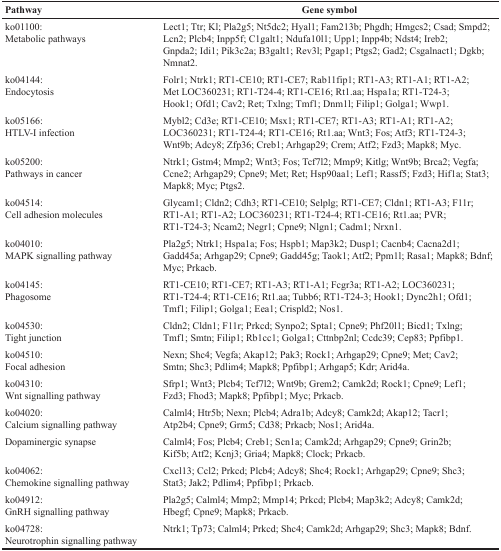
<table><thead><tr><td><b>Pathway</b></td><td><b>Gene symbol</b></td></tr></thead><tbody><tr><td>ko01100: Metabolic pathways</td><td>Lect1; Ttr; Kl; Pla2g5; Nt5dc2; Hyal1; Fam213b; Phgdh; Hmgcs2; Csad; Smpd2; Lcn2; Plcb4; Inpp5f; C1galt1; Ndufa10l1; Upp1; Inpp4b; Ndst4; Ireb2;Gnpda2; Idi1; Pik3c2a; B3galt1; Rev3l; Pgap1; Ptgs2; Gad2; Csgalnact1; Dgkb; Nmnat2.</td></tr><tr><td>ko04144: Endocytosis</td><td>Folr1; Ntrk1; RT1-CE10; RT1-CE7; Rab11fip1; RT1-A3; RT1-A1; RT1-A2; Met LOC360231; RT1-T24-4; RT1-CE16; Rt1.aa; Hspa1a; RT1-T24-3; Hook1; Ofd1; Cav2; Ret; Txlng; Tmf1; Dnm1l; Filip1; Golga1; Wwp1.</td></tr><tr><td>ko05166: HTLV-I infection</td><td>Mybl2; Cd3e; RT1-CE10; Msx1; RT1-CE7; RT1-A3; RT1-A1; RT1-A2; LOC360231; RT1-T24-4; RT1-CE16; Rt1.aa; Wnt3; Fos; Atf3; RT1-T24-3;Wnt9b; Adcy8; Zfp36; Creb1; Arhgap29; Crem; Atf2; Fzd3; Mapk8; Myc.</td></tr><tr><td>ko05200: Pathways in cancer</td><td>Ntrk1; Gstm4; Mmp2; Wnt3; Fos; Tcf7l2; Mmp9; Kitlg; Wnt9b; Brca2; Vegfa; Ccne2; Arhgap29; Cpne9; Met; Ret; Hsp90aa1; Lef1; Rassf5; Fzd3; Hif1a; Stat3; Mapk8; Myc; Ptgs2.</td></tr><tr><td>ko04514: Cell adhesion molecules</td><td>Glycam1; Cldn2; Cdh3; RT1-CE10; Selplg; RT1-CE7; Cldn1; RT1-A3; F11r; RT1-A1; RT1-A2; LOC360231; RT1-T24-4; RT1-CE16; Rt1.aa; PVR; RT1-T24-3; Ncam2; Negr1; Cpne9; Nlgn1; Cadm1; Nrxn1.</td></tr><tr><td>ko04010: MAPK signalling pathway</td><td>Pla2g5; Ntrk1; Hspa1a; Fos; Hspb1; Map3k2; Dusp1; Cacnb4; Cacna2d1; Gadd45a; Arhgap29; Cpne9; Gadd45g; Taok1; Atf2; Ppm1l; Rasa1; Mapk8; Bdnf; Myc; Prkacb.</td></tr><tr><td>ko04145: Phagosome</td><td>RT1-CE10; RT1-CE7; RT1-A3; RT1-A1; Fcgr3a; RT1-A2; LOC360231; RT1-T24-4; RT1-CE16; Rt1.aa; Tubb6; RT1-T24-3; Hook1; Dync2h1; Ofd1; Tmf1; Filip1; Golga1; Eea1; Crispld2; Nos1.</td></tr><tr><td>ko04530: Tight junction</td><td>Cldn2; Cldn1; F11r; Prkcd; Synpo2; Spta1; Cpne9; Phf20l1; Bicd1; Txlng; Tmf1; Smtn; Filip1; Rb1cc1; Golga1; Cttnbp2nl; Ccdc39; Cep83; Ppfibp1.</td></tr><tr><td>ko04510: Focal adhesion</td><td>Nexn; Shc4; Vegfa; Akap12; Pak3; Rock1; Arhgap29; Cpne9; Met; Cav2; Smtn; Shc3; Pdlim4; Mapk8; Ppfibp1; Arhgap5; Kdr; Arid4a.</td></tr><tr><td>ko04310: Wnt signalling pathway</td><td>Sfrp1; Wnt3; Plcb4; Tcf7l2; Wnt9b; Grem2; Camk2d; Rock1; Cpne9; Lef1; Fzd3; Fhod3; Mapk8; Ppfibp1; Myc; Prkacb.</td></tr><tr><td>ko04020: Calcium signalling pathway</td><td>Calml4; Htr5b; Nexn; Plcb4; Adra1b; Adcy8; Camk2d; Akap12; Tacr1; Atp2b4; Cpne9; Grm5; Cd38; Prkacb; Nos1; Arid4a.</td></tr><tr><td>Dopaminergic synapse</td><td>Calml4; Fos; Plcb4; Creb1; Scn1a; Camk2d; Arhgap29; Cpne9; Grin2b; Kif5b; Atf2; Kcnj3; Gria4; Mapk8; Clock; Prkacb.</td></tr><tr><td>ko04062: Chemokine signalling pathway</td><td>Cxcl13; Ccl2; Prkcd; Plcb4; Adcy8; Shc4; Rock1; Arhgap29; Cpne9; Shc3; Stat3; Jak2; Pdlim4; Ppfibp1; Prkacb.</td></tr><tr><td>ko04912: GnRH signalling pathway</td><td>Pla2g5; Calml4; Mmp2; Mmp14; Prkcd; Plcb4; Map3k2; Adcy8; Camk2d; Hbegf; Cpne9; Mapk8; Prkacb.</td></tr><tr><td>ko04728: Neurotrophin signalling pathway</td><td>Ntrk1; Tp73; Calml4; Prkcd; Shc4; Camk2d; Arhgap29; Shc3; Mapk8; Bdnf.</td></tr></tbody></table>